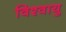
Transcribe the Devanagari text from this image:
विश्वायु